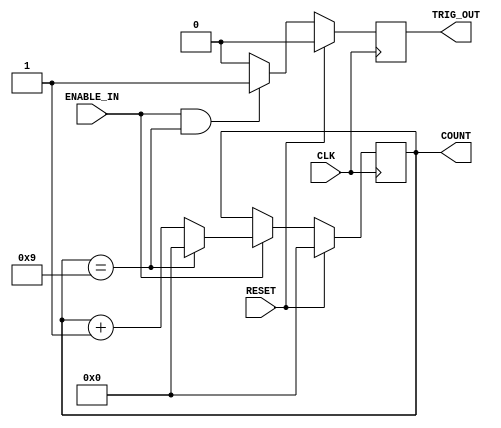
`timescale 1ns / 1ps
//////////////////////////////////////////////////////////////////////////////////
// Company: 
// Engineer: 
// 
// Design Name: 
// Module Name: Generic_counter
// Project Name: 
// Target Devices: 
// Tool Versions: 
// Description: 
// 
// Dependencies: 
// 
// Revision:
// Revision 0.01 - File Created
// Additional Comments:
// 
//////////////////////////////////////////////////////////////////////////////////


module Generic_counter(
    CLK,
    RESET,
    ENABLE_IN,
    TRIG_OUT,
    COUNT
    );
    
    //Default arguments
    parameter COUNTER_WIDTH = 4;
    parameter COUNTER_MAX = 9;
    
    input CLK;
    input RESET;
    input ENABLE_IN;
    output TRIG_OUT;
    output [COUNTER_WIDTH-1:0] COUNT;
    
    reg [COUNTER_WIDTH-1:0] count_value;
    reg Trigger_out;
    
    //When RESET is 0 and ENABLE_IN is 1, if the counter is at the maximum value, it is reset
    //Otherwise the counter is incremented by one
    always@(posedge CLK) begin
        if (RESET)
            count_value <= 0;
        else begin
            if (ENABLE_IN) begin
                if (count_value == COUNTER_MAX)
                    count_value <= 0;
                else
                    count_value <= count_value + 1;
            end
        end
    end

    //When RESET is 0 and ENABLE IN is 1 if the counter is at the maximum value, the output TRIG_OUT
    //assumes the value of 1 for one cycle, otherwise it is 0.    
    always@(posedge CLK) begin
        if (RESET)
            Trigger_out <= 0;
        else begin
            if (ENABLE_IN && (count_value == COUNTER_MAX))
                Trigger_out <= 1;
            else
                Trigger_out <= 0;
        end
    end
    
    assign COUNT = count_value;
    assign TRIG_OUT = Trigger_out;
    
endmodule